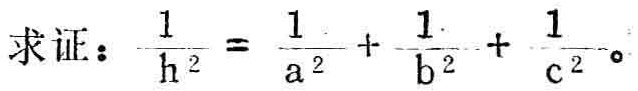
求证：\(\frac{1}{h^{2}} = \frac{1}{a^{2}} + \frac{1}{b^{2}} + \frac{1}{c^{2}}\)。